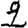
Digit: 2